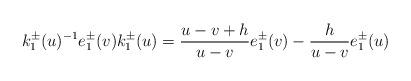
LaTeX: \begin{align*}k_{1}^{\pm}(u)^{-1}e_{1}^{\pm}(v)k_{1}^{\pm}(u)=\frac{u-v+h}{u-v}e_{1}^{\pm}(v)-\frac{h}{u-v}e_{1}^{\pm}(u)\end{align*}